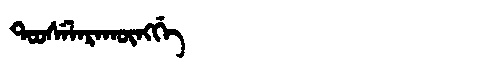
Manchu: ᡨᠣᠣᠰᡝᠯᠠᡵᠠᡴᡡᠩᡤᡝ
Romanization: TOOSELARAKŪNGGE